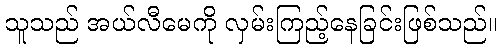
သူသည် အယ်လီမေကို လှမ်းကြည့်နေခြင်းဖြစ်သည်။